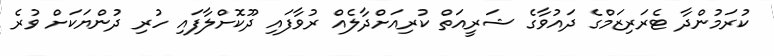
ކުރަމުންދާ ޓެރަރިޒަމްގެ ދައުވާގެ ޝަރީއަތް ކުރިއަށްދާލެއް ރުވާފައި ދޫކޮށްލާފައި ހުރި ދުންޔަކަށް ވުރެ